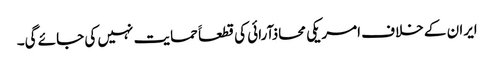
ایران کے خلاف امریکی محاذآرائی کی قطعاََ حمایت نہیں کی جائے گی۔